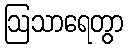
ဩသာရေတွာ